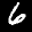
Label: 6